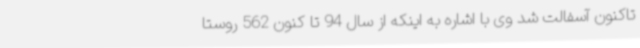
تاکنون آسفالت شد وی با اشاره به اینکه از سال 94 تا کنون 562 روستا